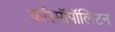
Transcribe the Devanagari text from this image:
कॉस्मॉपॉलिटन